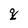
Character: q